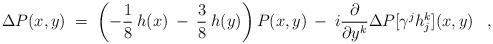
LaTeX: \begin{align*}\Delta P(x,y) \;=\; \left(-\frac{1}{8}\:h(x) \:-\: \frac{3}{8}\:h(y) \right)P(x,y) \:-\: i \frac{\partial}{\partial y^k} \Delta P[\gamma^j h^k_j](x,y) \;\;\; , \end{align*}